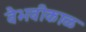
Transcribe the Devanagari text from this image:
वैभवीकाळ